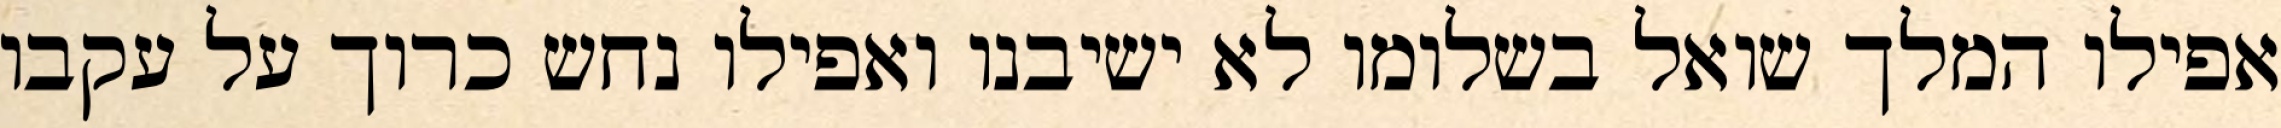
אפילו המלך שואל בשלומו לא ישיבנו ואפילו נחש כרוך על עקבו